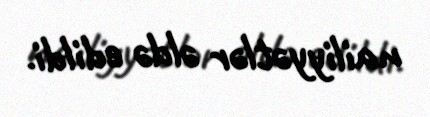
nailiyyətlər əldə edildi.